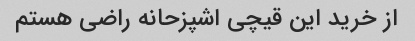
از خرید این قیچی اشپزحانه راضی هستم